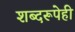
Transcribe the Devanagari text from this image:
शब्दरूपेही